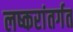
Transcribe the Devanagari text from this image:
लष्करांतर्गत